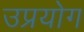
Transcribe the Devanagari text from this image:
उप्रयोग